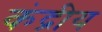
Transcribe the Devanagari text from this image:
कंद्रीय